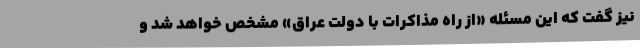
نیز گفت که این مسئله «از راه مذاکرات با دولت عراق» مشخص خواهد شد و